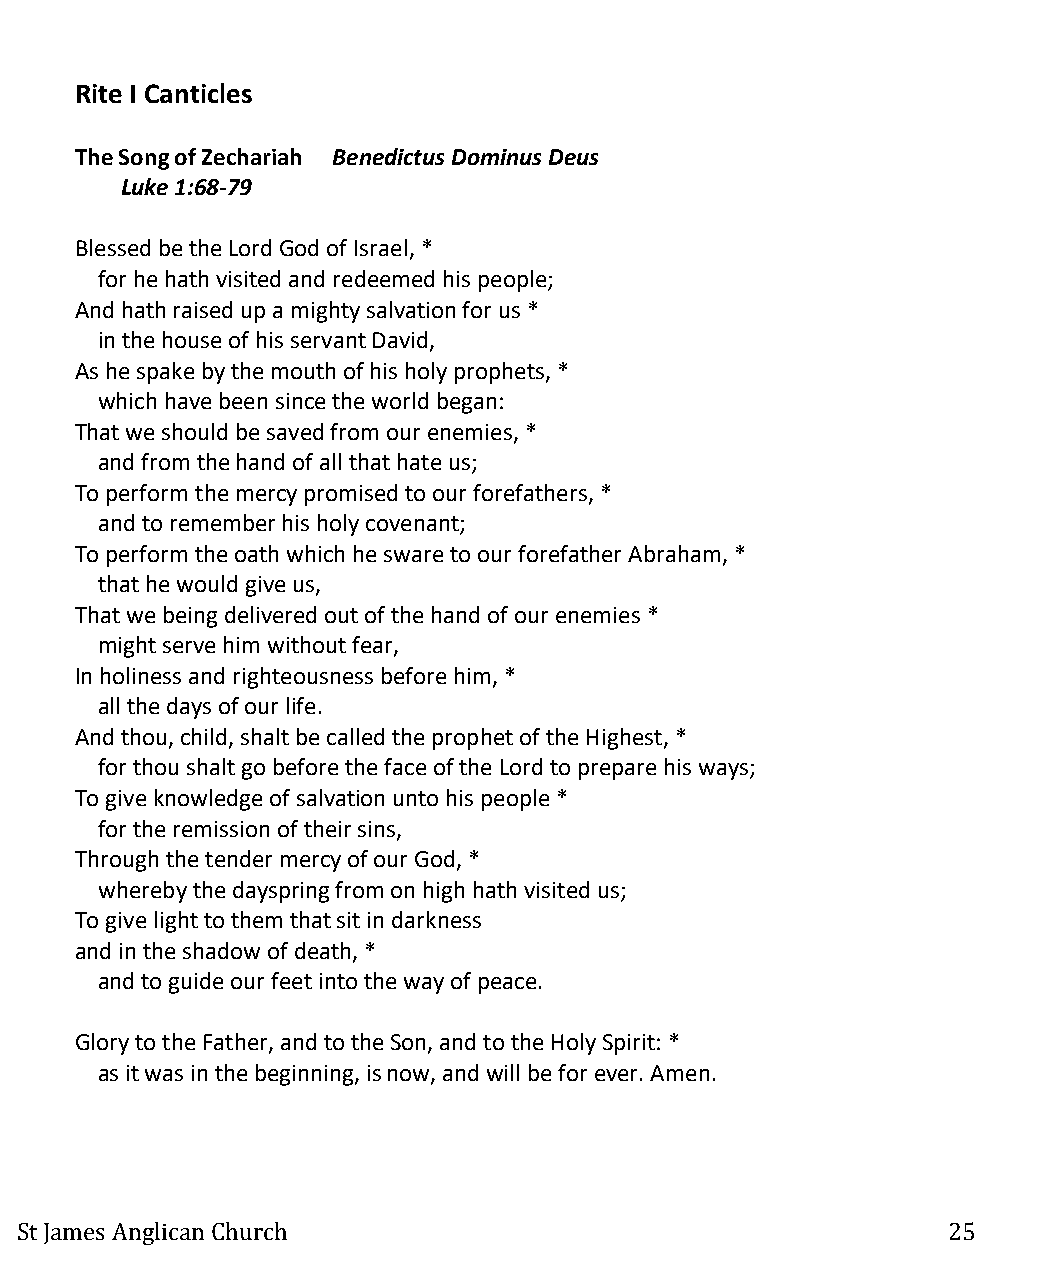
Rite I Canticles
 The Song of Zechariah Benedictus Dominus Deus
 Luke 1:68-79
 Blessed be the Lord God of Israel, *
 for he hath visited and redeemed his people;
 And hath raised up a mighty salvation for us *
 in the house of his servant David,
 As he spake by the mouth of his holy prophets, *
 which have been since the world began:
 That we should be saved from our enemies, *
 and from the hand of all that hate us;
 To perform the mercy promised to our forefathers, *
 and to remember his holy covenant;
 To perform the oath which he sware to our forefather Abraham, *
 that he would give us,
 That we being delivered out of the hand of our enemies *
 might serve him without fear,
 In holiness and righteousness before him, *
 all the days of our life.
 And thou, child, shalt be called the prophet of the Highest, *
 for thou shalt go before the face of the Lord to prepare his ways;
 To give knowledge of salvation unto his people *
 for the remission of their sins,
 Through the tender mercy of our God, *
 whereby the dayspring from on high hath visited us;
 To give light to them that sit in darkness
 and in the shadow of death, *
 and to guide our feet into the way of peace.
 Glory to the Father, and to the Son, and to the Holy Spirit: *
 as it was in the beginning, is now, and will be for ever. Amen.
 St James Anglican Church                                      25